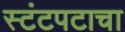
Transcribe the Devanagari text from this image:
स्टंटपटाचा